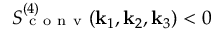
S _ { \mathrm { ~ c ~ o ~ n ~ v ~ } } ^ { ( 4 ) } ( \mathbf { k } _ { 1 } , \mathbf { k } _ { 2 } , \mathbf { k } _ { 3 } ) < 0